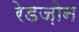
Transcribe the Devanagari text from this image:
रेडज़ोन